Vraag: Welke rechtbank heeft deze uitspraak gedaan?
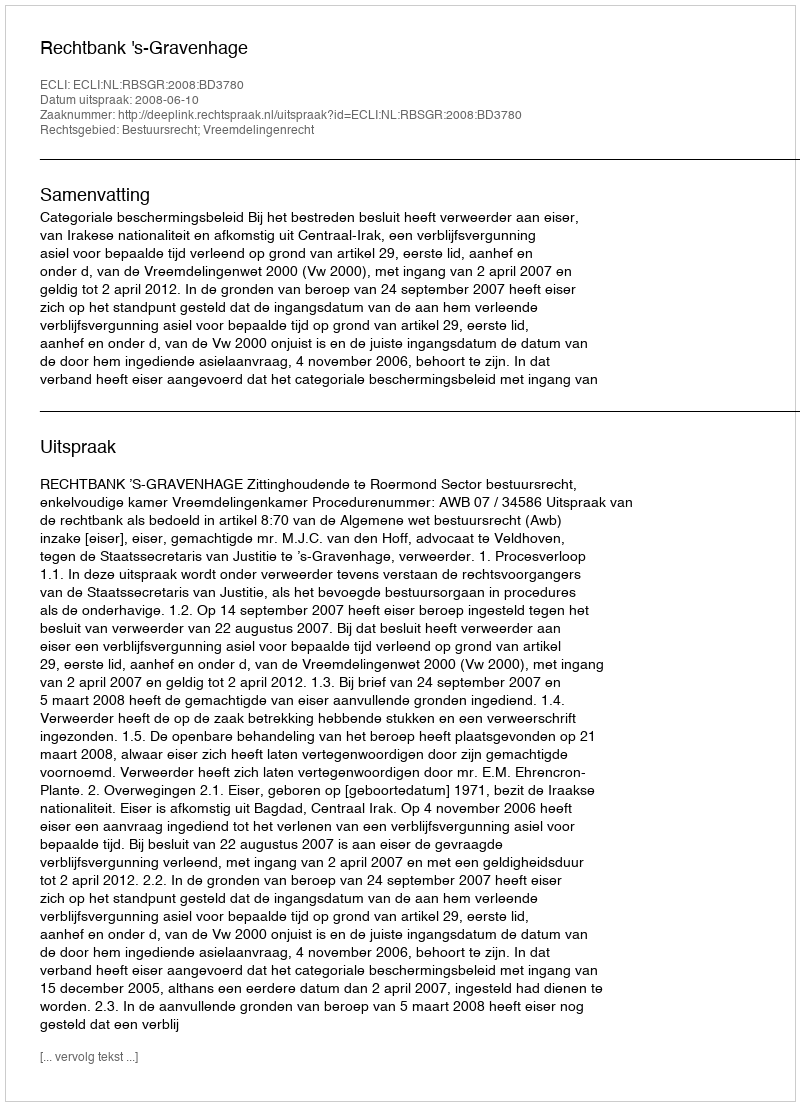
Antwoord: Rechtbank 's-Gravenhage